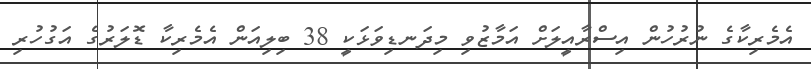
އެމެރިކާގެ ނުރުހުން އިސްރާއީލަށް އަމާޒުވި މިދަނޑިވަޅަކީ 38 ބިލިއަން އެމެރިކާ ޑޮލަރުގެ އަގުހުރި